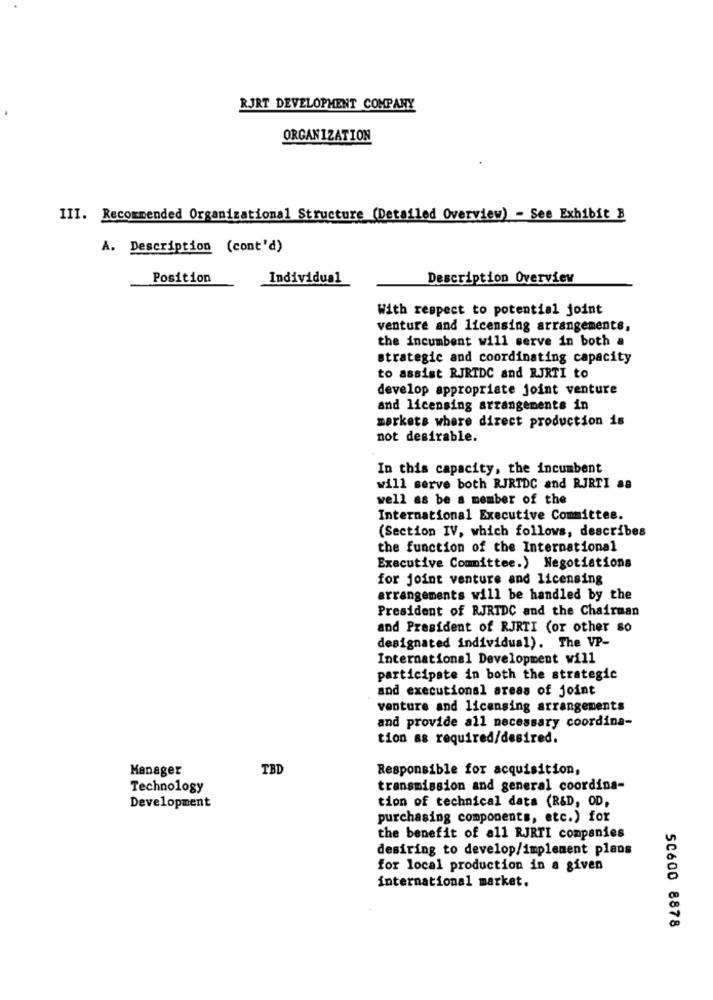
RJRT DEVELOPMENT COMPANY
ORGANIZATION
III. Recommended Organizational Structure (Detailed Overview) - See Exhibit B
A. Description (cont'd)
Position
Individual
Description Overview
With respect to potential joint
venture and licensing arrangements.
the incumbent will serve in both a
strategic and coordinating capacity
to assist RJRTDC and RJRTI to
develop appropriate joint venture
and licensing arrangements in
markets where direct production is
not desirable.
In this capacity, the incumbent
will serve both RJRTDC and RJRTI as
well as be a member of the
International Executive Committee.
(Section IV, which follows, describes
the function of the International
Executive Committee.) Negotiations
for joint venture and licensing
arrangements will be handled by the
President of RJRTDC and the Chairman
and President of RJRTI (or other so
designated individual). The VP-
International Development will
participate in both the strategic
and executional areas of joint
venture and licensing arrangements
and provide all necessary coordina-
tion as required/desired.
Manager
TBD
Responsible for acquisition,
Technology
transmission and general coordina-
Development
tion of technical data (R&D, OD,
purchasing components, etc.) for
the benefit of all RJRTI companies
desiring to develop/implement plans
for local production in a given
international market.
50600 8878